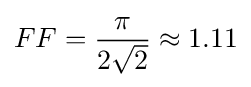
FF={\frac {\pi }{2{\sqrt {2}}}}\approx 1.11